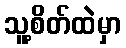
သူ့စိတ်ထဲမှာ